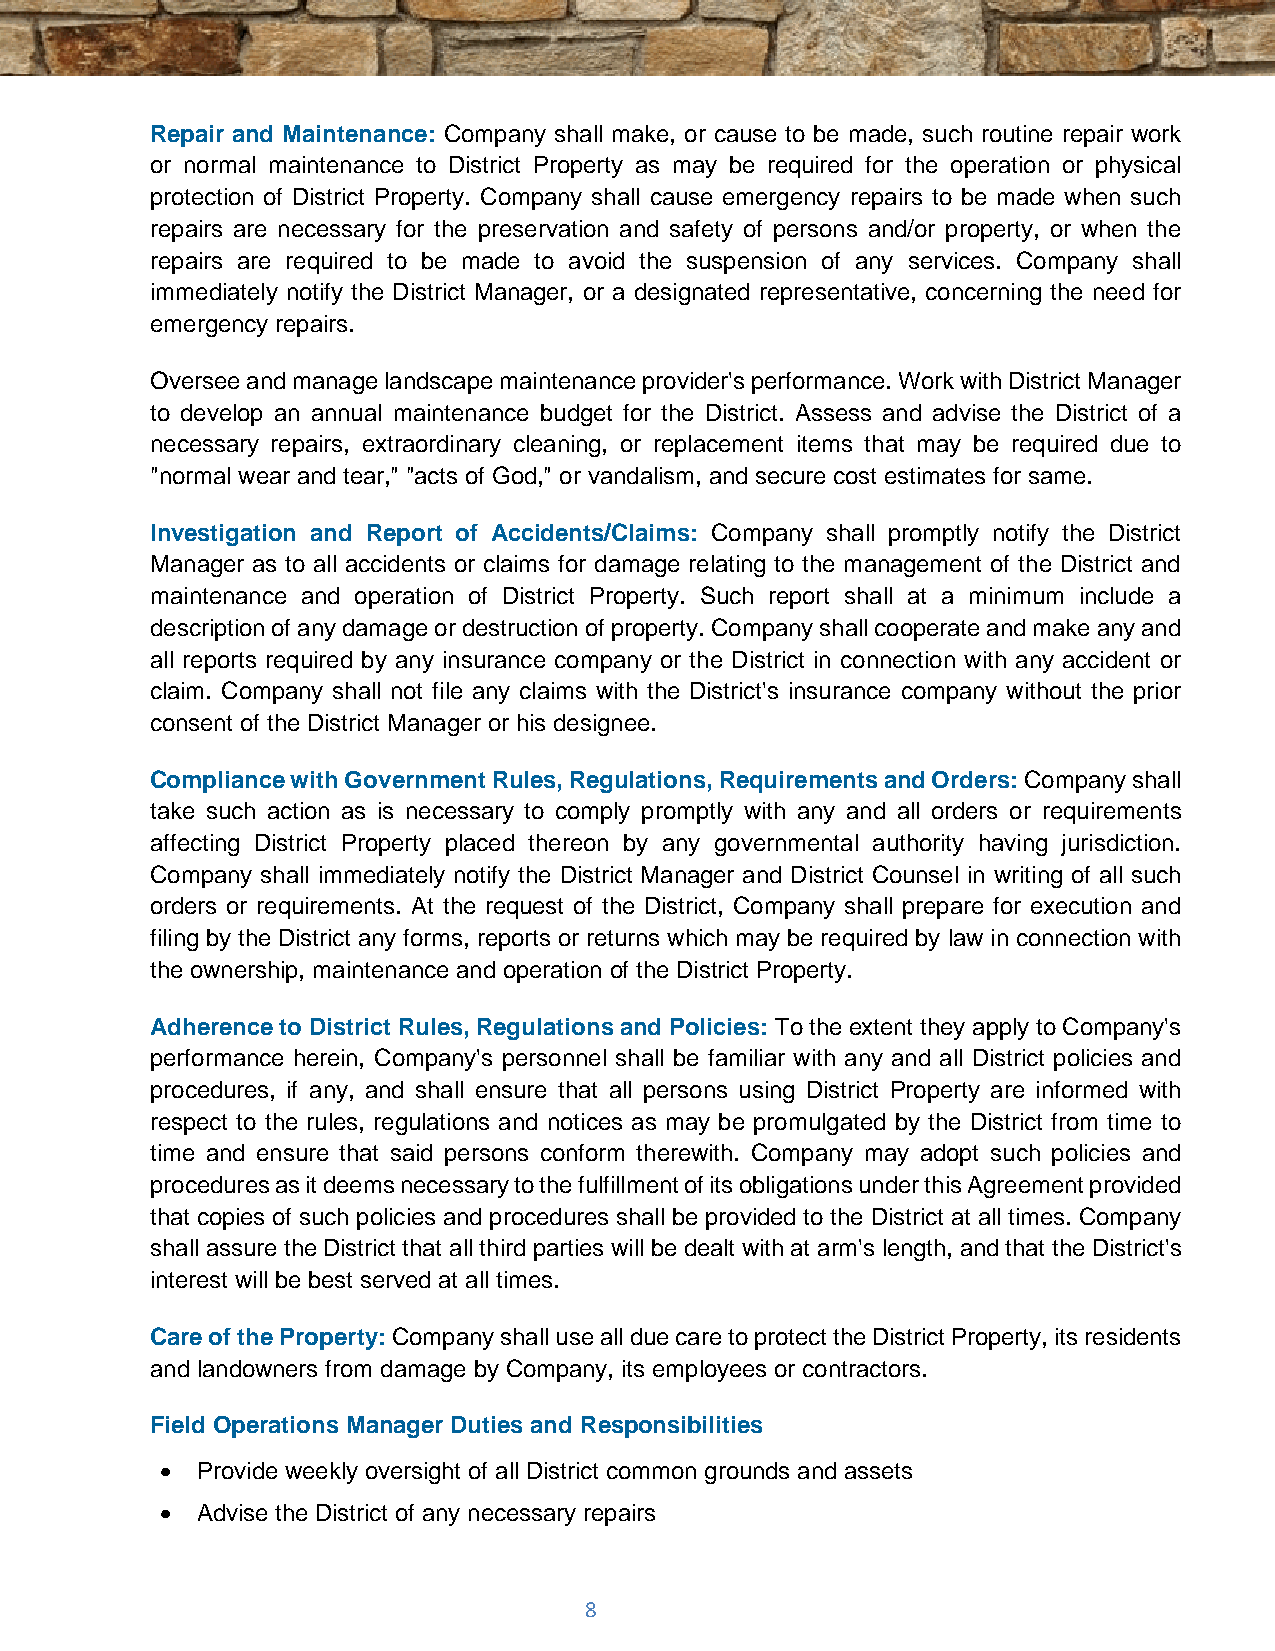
Repair and Maintenance: Company shall make, or cause to be made, such routine repair work
 or normal maintenance to District Property as may be required for the operation or physical
 protection of District Property. Company shall cause emergency repairs to be made when such
 repairs are necessary for the preservation and safety of persons and/or property, or when the
 repairs are required to be made to avoid the suspension of any services. Company shall
 immediately notify the District Manager, or a designated representative, concerning the need for
 emergency repairs.
 Oversee and manage landscape maintenance provider's performance. Work with District Manager
 to develop an annual maintenance budget for the District. Assess and advise the District of a
 necessary repairs, extraordinary cleaning, or replacement items that may be required due to
 "normal wear and tear," "acts of God," or vandalism, and secure cost estimates for same.
 Investigation and Report of Accidents/Claims: Company shall promptly notify the District
 Manager as to all accidents or claims for damage relating to the management of the District and
 maintenance and operation of District Property. Such report shall at a minimum include a
 description of any damage or destruction of property. Company shall cooperate and make any and
 all reports required by any insurance company or the District in connection with any accident or
 claim. Company shall not file any claims with the District's insurance company without the prior
 consent of the District Manager or his designee.
 Compliance with Government Rules, Regulations, Requirements and Orders: Company shall
 take such action as is necessary to comply promptly with any and all orders or requirements
 affecting District Property placed thereon by any governmental authority having jurisdiction.
 Company shall immediately notify the District Manager and District Counsel in writing of all such
 orders or requirements. At the request of the District, Company shall prepare for execution and
 filing by the District any forms, reports or returns which may be required by law in connection with
 the ownership, maintenance and operation of the District Property.
 Adherence to District Rules, Regulations and Policies: To the extent they apply to Company's
 performance herein, Company's personnel shall be familiar with any and all District policies and
 procedures, if any, and shall ensure that all persons using District Property are informed with
 respect to the rules, regulations and notices as may be promulgated by the District from time to
 time and ensure that said persons conform therewith. Company may adopt such policies and
 procedures as it deems necessary to the fulfillment of its obligations under this Agreement provided
 that copies of such policies and procedures shall be provided to the District at all times. Company
 shall assure the District that all third parties will be dealt with at arm's length, and that the District's
 interest will be best served at all times.
 Care of the Property: Company shall use all due care to protect the District Property, its residents
 and landowners from damage by Company, its employees or contractors.
 Field Operations Manager Duties and Responsibilities
 • Provide weekly oversight of all District common grounds and assets
 • Advise the District of any necessary repairs
 8